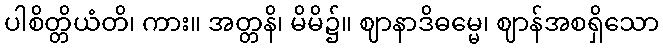
ပါစိတ္တိယံတိ၊ ကား။ အတ္တနိ၊ မိမိ၌။ ဈာနာဒိဓမ္မေ၊ ဈာန်အစရှိသော